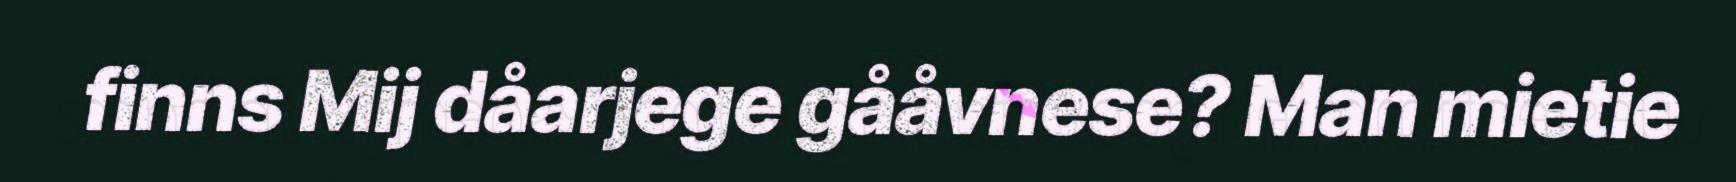
finns Mij dåarjege gååvnese? Man mietie